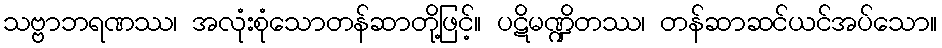
သဗ္ဗာဘရဏဿ၊ အလုံးစုံသောတန်ဆာတို့ဖြင့်။ ပဋိမဏ္ဍိတဿ၊ တန်ဆာဆင်ယင်အပ်သော။